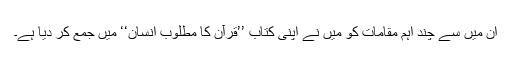
ان میں سے چند اہم مقامات کو میں نے اپنی کتاب ’’قرآن کا مطلوب انسان‘‘ میں جمع کر دیا ہے۔